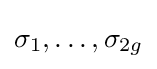
\sigma _{1},\dots ,\sigma _{2g}